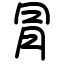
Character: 冐